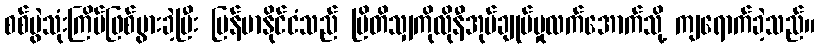
စစ်ပွဲသုံးကြိမ်ဖြစ်ပွားခဲ့ပြီး မြန်မာနိုင်ငံသည် ဗြိတိသျှကိုလိုနီအုပ်ချုပ်မှုလက်အောက်သို့ ကျရောက်ခဲ့သည်။